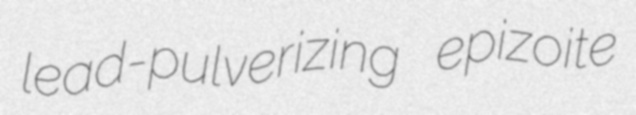
lead-pulverizing epizoite